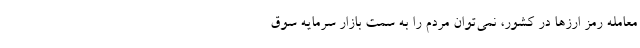
معامله رمز ارزها در کشور، نمی‌توان مردم را به سمت بازار سرمایه سوق